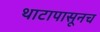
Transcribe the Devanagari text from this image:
थाटापासूनच